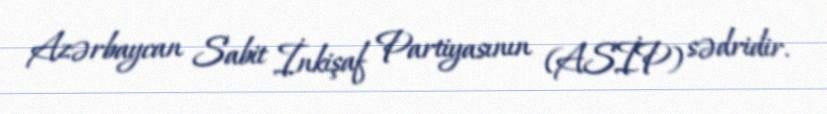
Azərbaycan Sabit İnkişaf Partiyasının (ASİP) sədridir.